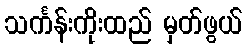
သင်္ကန်းကိုးထည် မှတ်ဖွယ်